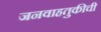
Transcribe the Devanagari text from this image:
जनवाहतुकीची